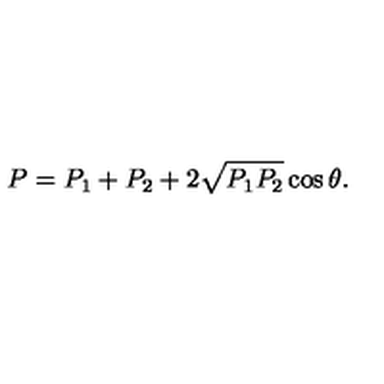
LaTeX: P = P _ { 1 } + P _ { 2 } + 2 \sqrt { P _ { 1 } P _ { 2 } } \cos \theta .